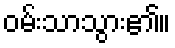
ဝမ်းသာသွား၏။